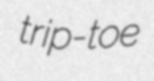
trip-toe